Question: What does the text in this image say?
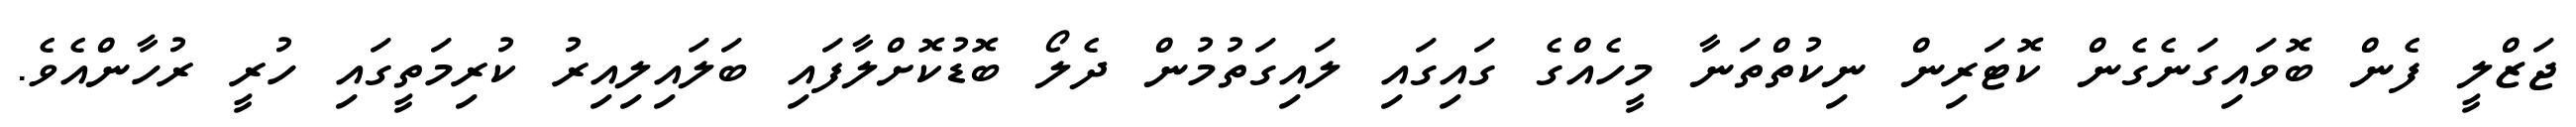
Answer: ޖަޒްލީ ފެން ބޮވައިގަނެގެން ކޮޓަރިން ނިކުތްތަނާ މީހެއްގެ ގައިގައި ލައިގަތުމުން ދެލޯ ބޮޑުކޮށްލާފައި ބަލައިލިއިރު ކުރިމަތީގައި ހުރީ ރުހާންއެވެ.